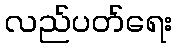
လည်ပတ်ရေး